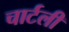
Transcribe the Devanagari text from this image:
चार्टली